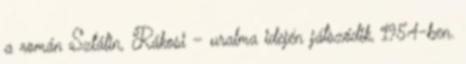
a román Sztálin, Rákosi – uralma idején játszódik, 1954-ben.